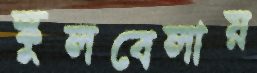
স্কুলবেলায়